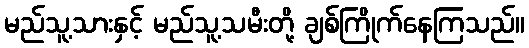
မည်သူ့သားနှင့် မည်သူ့သမီးတို့ ချစ်ကြိုက်နေကြသည်။